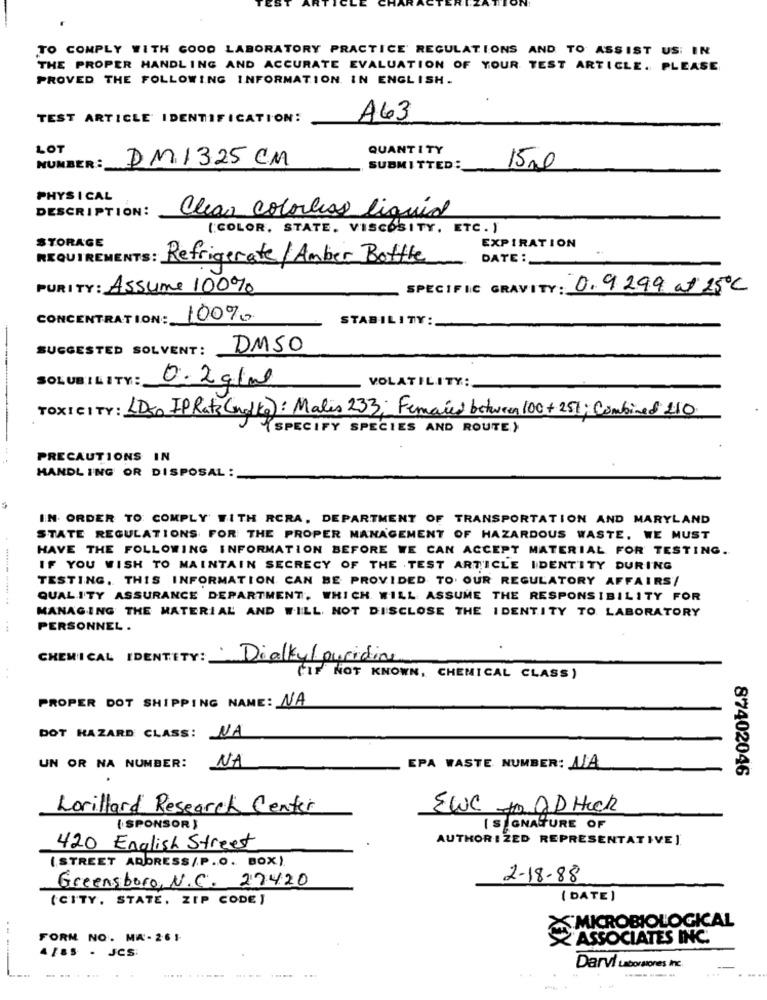
TO COMPLY WITH GOOD LABORATORY PRACTICE REGULATIONS AND TO ASSIST US: IN
THE PROPER HANDLING AND ACCURATE EVALUATION OF YOUR TEST ARTICLE. PLEASE
PROVED THE FOLLOWING INFORMATION IN ENGLISH.
TEST ARTICLE IDENTIFICATION:
A63
LOT
QUANTITY
DM1325 CM
15.0
NUMBER :
SUBMITTED:
PHYS I CAL
DESCRIPTION:
Clear colorless liquid
[COLOR, STATE, VISCOSITY, ETC. )
STORAGE
EXPIRATION
REQUIREMENTS: Refrigerate/ Amber Bottle
DATE :
PURITY: Assume 100%
SPECIFIC GRAVITY: 0.9299 at 25℃
CONCENTRATION:
100%
STABI
TY:
SUGGESTED SOLVENT:
DMSO
SOLUBILITY:
VOLATILITY:
0.2 g/ml
TOXICITY: LDS, IP Rate (no/ kg): Males 233; Feraied between 100+251: Combined 110
"SPECIFY SPECIES AND ROUTE}
...
PRECAUTIONS IN
HANDLING OR DISPOSAL :
IN ORDER TO COMPLY WITH RCRA, DEPARTMENT OF TRANSPORTATION AND MARYLAND
STATE REGULATIONS FOR THE PROPER MANAGEMENT OF HAZARDOUS WASTE. WE MUST
HAVE THE FOLLOWING INFORMATION BEFORE WE CAN ACCEPT MATERIAL FOR TESTING.
IF YOU WISH TO MAINTAIN SECRECY OF THE TEST ARTICLE IDENTITY DURING
TESTING, THIS INFORMATION CAN BE PROVIDED TO OUR REGULATORY AFFAIRS/
QUALITY ASSURANCE DEPARTMENT, WHICH WILL ASSUME THE RESPONSIBILITY FOR
MANAGING THE MATERIAL AND WILL NOT DISCLOSE THE IDENTITY TO LABORATORY
PERSONNEL .
CHEMICAL IDENTITY: Dialkyl puridine
"IF NOT KNOWN, CHEMICAL CLASS)
PROPER DOT SHIPPING NAME: NA
DOT HAZARD CLASS: NA
UN OR NA NUMBER:
NA
EPA WASTE NUMBER: ALA
87402046
Lorillard Research Center
EWC mo DD Heck
( SPONSOR }
IS GNA TURE OF
AUTHOR IZED REPRESENTATIVEJ
420 English Street
(STREET ADDRESS/P.O. BOX)
Greensboro, N.C. 27420
2-18-88
(CITY, STATE, ZIP CODE)
( DATE]
MICROBIOLOGICAL
FORM NO. MA- 26 1
ASSOCIATES INC.
4/85 - JCS:
---
...... ...
Darvi Laborstores inc
------
- -